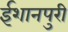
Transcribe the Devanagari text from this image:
ईशानपुरी